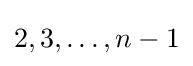
2,3,\dots ,n-1